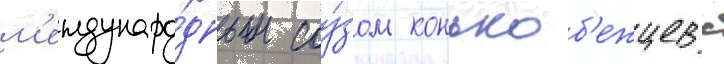
м'еждунаро́дным соу́зом конькоб'ежцев с